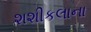
શશીકલાના